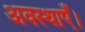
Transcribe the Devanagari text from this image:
अवस्थाएँ।